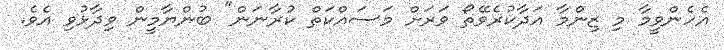
އެހެންވީމާ މި ޒިންމާ އަދާކުރެވޭތޯ ވަރަށް މަސައްކަތް ކުރާނަން" ބުންޔާމީން ވިދާޅުވި އެވެ.